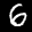
Label: 6